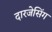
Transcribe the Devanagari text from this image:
दारजेसिंग